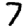
Digit: 7